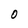
Character: O